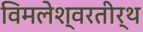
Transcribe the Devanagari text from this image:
विमलेश्वरतीर्थ